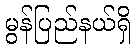
မွန်ပြည်နယ်ရှိ